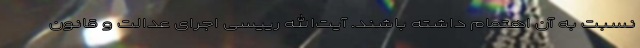
نسبت به آن اهتمام داشته باشند. آیت‌الله رییسی اجرای عدالت و قانون